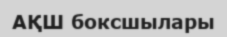
АҚШ боксшылары